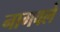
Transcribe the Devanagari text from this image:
नागवले